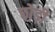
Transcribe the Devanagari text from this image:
छो़ड़ी